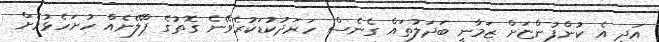
އަދި އެ ކުންފުންޏަށް ޒަމާނީ ބަދަލުތައް ގެނެސް ހަރަދުކުޑަކުރެވޭނެ ގޮތުގެ ޕްލޭނެއް ހުށަހެޅުމަށް